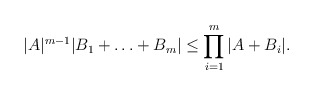
\begin{align*}|A|^{m-1}|B_1+\ldots +B_m| \le \prod_{i=1}^m|A + B_i|.\end{align*}